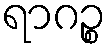
ရာဂဉ္စ